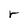
Character: r